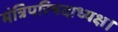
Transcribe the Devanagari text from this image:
मंत्रिपरिषदाध्यक्ष।